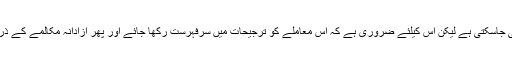
حل بھی تلاش کیا جاسکتا ہے اور واضح پالیسی بھی وضع کی جاسکتی ہے لیکن اس کیلئے ضروری ہے کہ اس معاملے کو ترجیحات میں سرفہرست رکھا جائے اور پھر آزادانہ مکالمے کے ذریعے سول ملٹری اور ادارہ جاتی ہم آہنگی سامنے لائی جائے۔